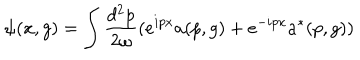
\psi ( x , g ) = \int \frac { d ^ { 2 } p } { 2 \omega } ( e ^ { i p x } a ( p , g ) + e ^ { - i p x } a ^ { * } ( p , g ) )